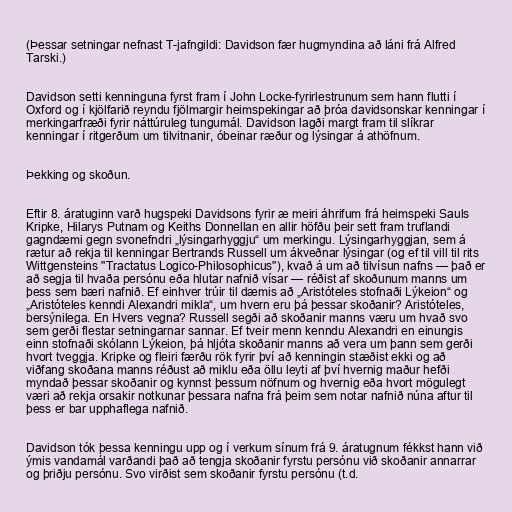
(Þessar setningar nefnast T-jafngildi: Davidson fær hugmyndina að láni frá Alfred
Tarski.)

Davidson setti kenninguna fyrst fram í John Locke-fyrirlestrunum sem hann flutti í
Oxford og í kjölfarið reyndu fjölmargir heimspekingar að þróa davidsonskar kenningar í
merkingarfræði fyrir náttúruleg tungumál. Davidson lagði margt fram til slíkrar
kenningar í ritgerðum um tilvitnanir, óbeinar ræður og lýsingar á athöfnum.

Þekking og skoðun.

Eftir 8. áratuginn varð hugspeki Davidsons fyrir æ meiri áhrifum frá heimspeki Sauls
Kripke, Hilarys Putnam og Keiths Donnellan en allir höfðu þeir sett fram truflandi
gagndæmi gegn svonefndri „lýsingarhyggju“ um merkingu. Lýsingarhyggjan, sem á
rætur að rekja til kenningar Bertrands Russell um ákveðnar lýsingar (og ef til vill til rits
Wittgensteins "Tractatus Logico-Philosophicus"), kvað á um að tilvísun nafns — það er
að segja til hvaða persónu eða hlutar nafnið vísar — réðist af skoðunum manns um
þess sem bæri nafnið. Ef einhver trúir til dæmis að „Aristóteles stofnaði Lýkeion“ og
„Aristóteles kenndi Alexandri mikla“, um hvern eru þá þessar skoðanir? Aristóteles,
bersýnilega. En Hvers vegna? Russell segði að skoðanir manns væru um hvað svo
sem gerði flestar setningarnar sannar. Ef tveir menn kenndu Alexandri en einungis
einn stofnaði skólann Lýkeion, þá hljóta skoðanir manns að vera um þann sem gerði
hvort tveggja. Kripke og fleiri færðu rök fyrir því að kenningin stæðist ekki og að
viðfang skoðana manns réðust að miklu eða öllu leyti af því hvernig maður hefði
myndað þessar skoðanir og kynnst þessum nöfnum og hvernig eða hvort mögulegt
væri að rekja orsakir notkunar þessara nafna frá þeim sem notar nafnið núna aftur til
þess er bar upphaflega nafnið.

Davidson tók þessa kenningu upp og í verkum sínum frá 9. áratugnum fékkst hann við
ýmis vandamál varðandi það að tengja skoðanir fyrstu persónu við skoðanir annarrar
og þriðju persónu. Svo virðist sem skoðanir fyrstu persónu (t.d.